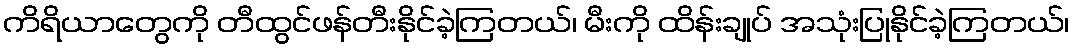
ကိရိယာတွေကို တီထွင်ဖန်တီးနိုင်ခဲ့ကြတယ်၊ မီးကို ထိန်းချုပ် အသုံးပြုနိုင်ခဲ့ကြတယ်၊